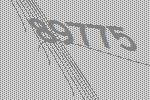
89775